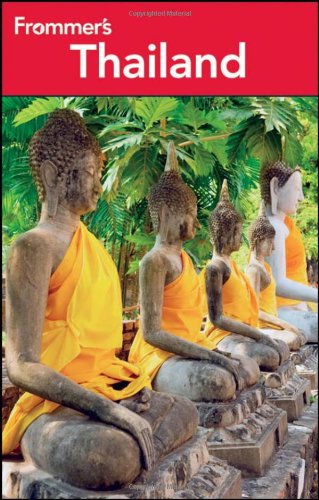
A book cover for Frommer's Thailand (Frommer's Complete Guides); Ron Emmons; Travel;